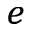
^ e